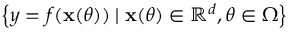
\left\{ y = f ( \mathbf { x } ( \theta ) ) \mid \mathbf { x } ( \theta ) \in \mathbb { R } ^ { d } , \theta \in \Omega \right\}